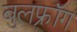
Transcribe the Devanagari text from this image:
बुलफ्रॉग